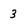
Character: 3